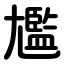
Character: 尷